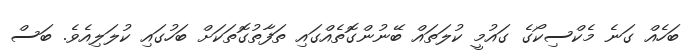
ބަހެއް ގަނެ މެކްސިކޯގެ ގައުމީ ކުލަތައް ބޭނުންގޮތެއްގައި ތަފާތުގޮތަކަށް ބަހުގައި ކުލަލިއެވެ. ބަސް